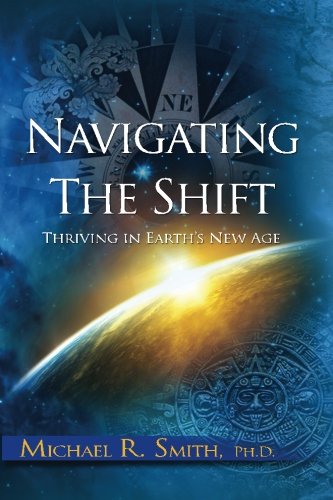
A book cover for Navigating The Shift: Thriving in Earth's New Age; Dr. Michael R. Smith; Religion & Spirituality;